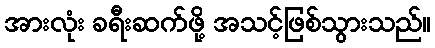
အားလုံး ခရီးဆက်ဖို့ အသင့်ဖြစ်သွားသည်။